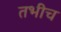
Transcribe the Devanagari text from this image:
तभीच